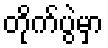
တိုက်ပွဲမှာ